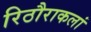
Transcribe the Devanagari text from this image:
रिठौराकलां